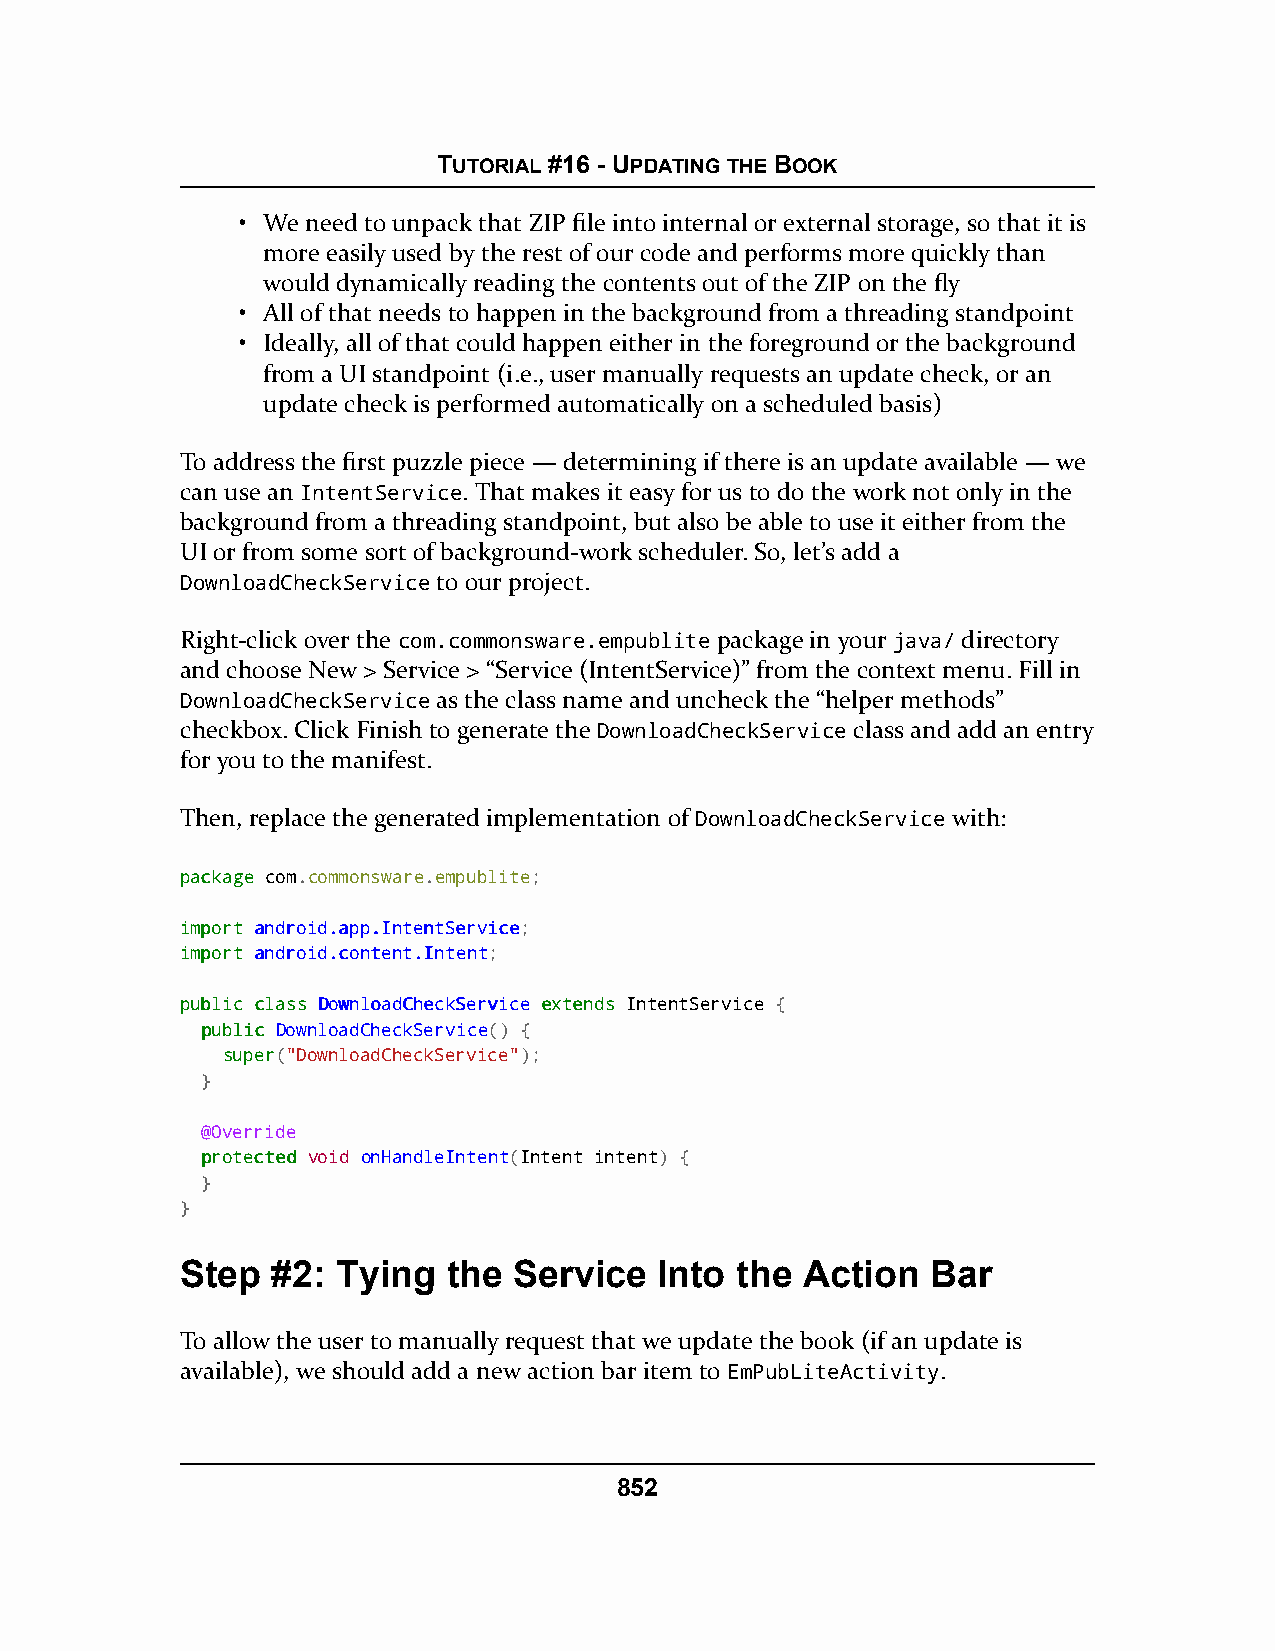
TUTORIAL #16 - UPDATING THE BOOK
 • We need to unpack that ZIP file into internal or external storage, so that it is
 more easily used by the rest of our code and performs more quickly than
 would dynamically reading the contents out of the ZIP on the fly
 • All of that needs to happen in the background from a threading standpoint
 • Ideally, all of that could happen either in the foreground or the background
 from a UI standpoint (i.e., user manually requests an update check, or an
 update check is performed automatically on a scheduled basis)
 To address the first puzzle piece — determining if there is an update available — we
 can use an IntentService. That makes it easy for us to do the work not only in the
 background from a threading standpoint, but also be able to use it either from the
 UI or from some sort of background-work scheduler. So, let’s add a
 DownloadCheckService to our project.
 Right-click over the com.commonsware.empublite package in your java/ directory
 and choose New > Service > “Service (IntentService)” from the context menu. Fill in
 DownloadCheckService as the class name and uncheck the “helper methods”
 checkbox. Click Finish to generate the DownloadCheckService class and add an entry
 for you to the manifest.
 Then, replace the generated implementation of DownloadCheckService with:
 ppaacckkaaggee com.commonsware.empublite;
 iimmppoorrtt aannddrrooiidd..aapppp..IInntteennttSSeerrvviiccee;
 iimmppoorrtt aannddrrooiidd..ccoonntteenntt..IInntteenntt;
 ppuubblliicc ccllaassss DDoowwnnllooaaddCChheecckkSSeerrvviiccee eexxtteennddss IntentService {
 ppuubblliicc DownloadCheckService() {
 ssuuppeerr("DownloadCheckService");
 }
 @Override
 pprrootteecctteedd void onHandleIntent(Intent intent) {
 }
 }
 Step  #2: Tying   the Service   Into the Action   Bar
 To allow the user to manually request that we update the book (if an update is
 available), we should add a new action bar item to EmPubLiteActivity.
 852